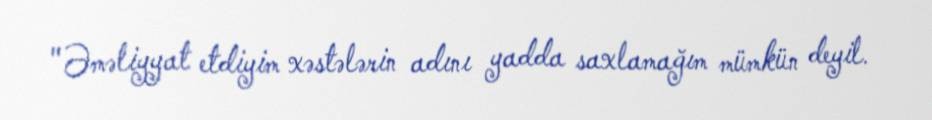
"Əməliyyat etdiyim xəstələrin adını yadda saxlamağım mümkün deyil.